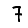
Digit: 7